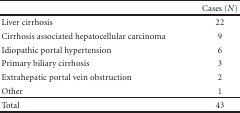
|  | Cases (N) |
 | --- | --- |
 | Liver cirrhosis | 22 |
 | Cirrhosis associated hepatocellular carcinoma | 9 |
 | Idiopathic portal hypertension | 6 |
 | Primary biliary cirrhosis | 3 |
 | Extrahepatic portal vein obstruction | 2 |
 | Other | 1 |
 | Total | 43 |